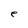
Character: e